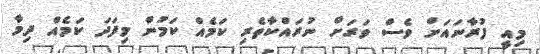
މިއީ ފުރާނައަށް ވެސް ވަރަށް ނުރައްކާތެރި ކަމެއް ކަމުން މިފަދަ ކަމެއް ދިމާ